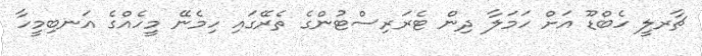
ޗާރލީ ހެބްޑޫ އަށް ހަމަލާ ދިން ޓެރަރިސްޓުންގެ ތެރޭގައި ހިމެނޭ މީހެއްގެ އަނބިމީހާ